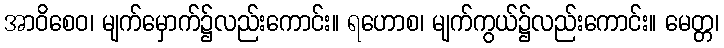
အာဝိစေဝ၊ မျက်မှောက်၌လည်းကောင်း။ ရဟောစ၊ မျက်ကွယ်၌လည်းကောင်း။ မေတ္တ၊